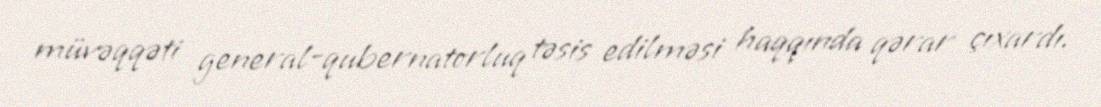
müvəqqəti general-qubernatorluq təsis edilməsi haqqında qərar çıxardı.